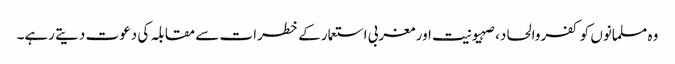
وہ مسلمانوں کو کفروالحاد، صہیونیت اور مغربی استعمار کے خطرات سے مقابلہ کی دعوت دیتے رہے۔